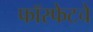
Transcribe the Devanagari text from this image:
फॉस्फेटचे